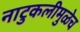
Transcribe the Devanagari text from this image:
नाटुकलीमुळेच